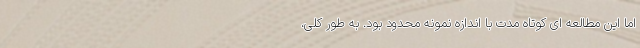
اما این مطالعه ای کوتاه مدت با اندازه نمونه محدود بود. به طور کلی،